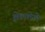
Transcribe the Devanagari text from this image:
झेललेले